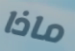
ماذا